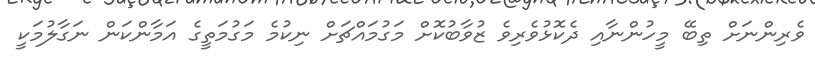
ވެރިންނަށް ތިބޭ މީހުންނާއި ދެކޮޅުވެރިވެ ޒުވާބުކޮށް މަގުމައްޗަށް ނިކުމެ މަގުމަތީގެ އަމާންކަން ނަގާލުމަކީ